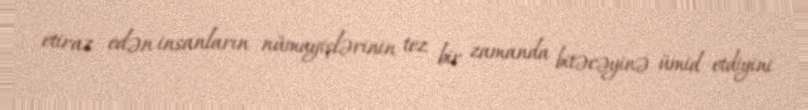
etiraz edən insanların nümayişlərinin tez bir zamanda bitəcəyinə ümid etdiyini